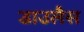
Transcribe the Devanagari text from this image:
डाउलैस